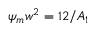
\psi _ { m } w ^ { 2 } = 1 2 / A _ { 1 }